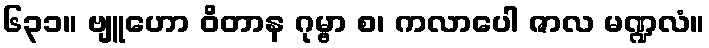
၆၃၁။ ဗျူဟော ဝိတာန ဂုမ္ဗာ စ၊ ကလာပေါ ဇာလ မဏ္ဍလံ။